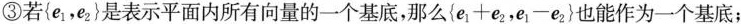
③若{e1，e2}是表示平面内所有向量的一个基底，那么{e1+e2，e1-e2}也能作为一个基底；